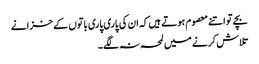
بچے تو اتنے معصوم ہوتے ہیں کہ ان کی پاری پاری باتوں کے خزانے
تلاش کرنے میں لمحہ نہ لگے ۔